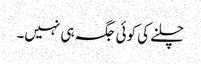
چلنے کی کوئی جگہ ہی نہیں۔